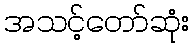
အသင့်တော်ဆုံး